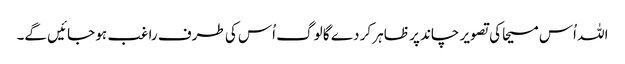
اللہ اُس مسیحا کی تصویر چاند پر ظاہر کر دے گا لوگ اُس کی طرف راغب ہو جائیں گے۔